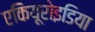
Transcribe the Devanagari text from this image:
एकियूरोइडिया